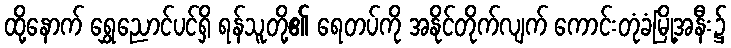
ထို့နောက် ရွှေညောင်ပင်ရှိ ရန်သူတို့၏ ရေတပ်ကို အနိုင်တိုက်လျက် ကောင်းတုံခံမြို့အနီး၌